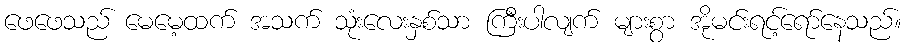
ဖေဖေသည် မေမေ့ထက် အသက် သုံးလေးနှစ်သာ ကြီးပါလျက် များစွာ အိုမင်းရင့်ရော်နေသည်။